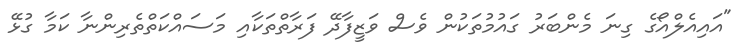
"އައިއެލްއޯގެ ގިނަ މެންބަރު ގައުމުތަކުން ވެސް ވަޒީފާދޭ ފަރާތްތަކާއި މަސައްކަތްތެރިންނާ ކަމާ ގުޅޭ